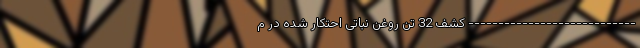
---------------------------- کشف 32 تن روغن نباتی احتکار شده در م